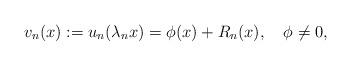
LaTeX: \begin{align*}v_n(x):=u_n(\lambda_nx)=\phi(x)+R_n(x),\quad\phi\neq0,\end{align*}